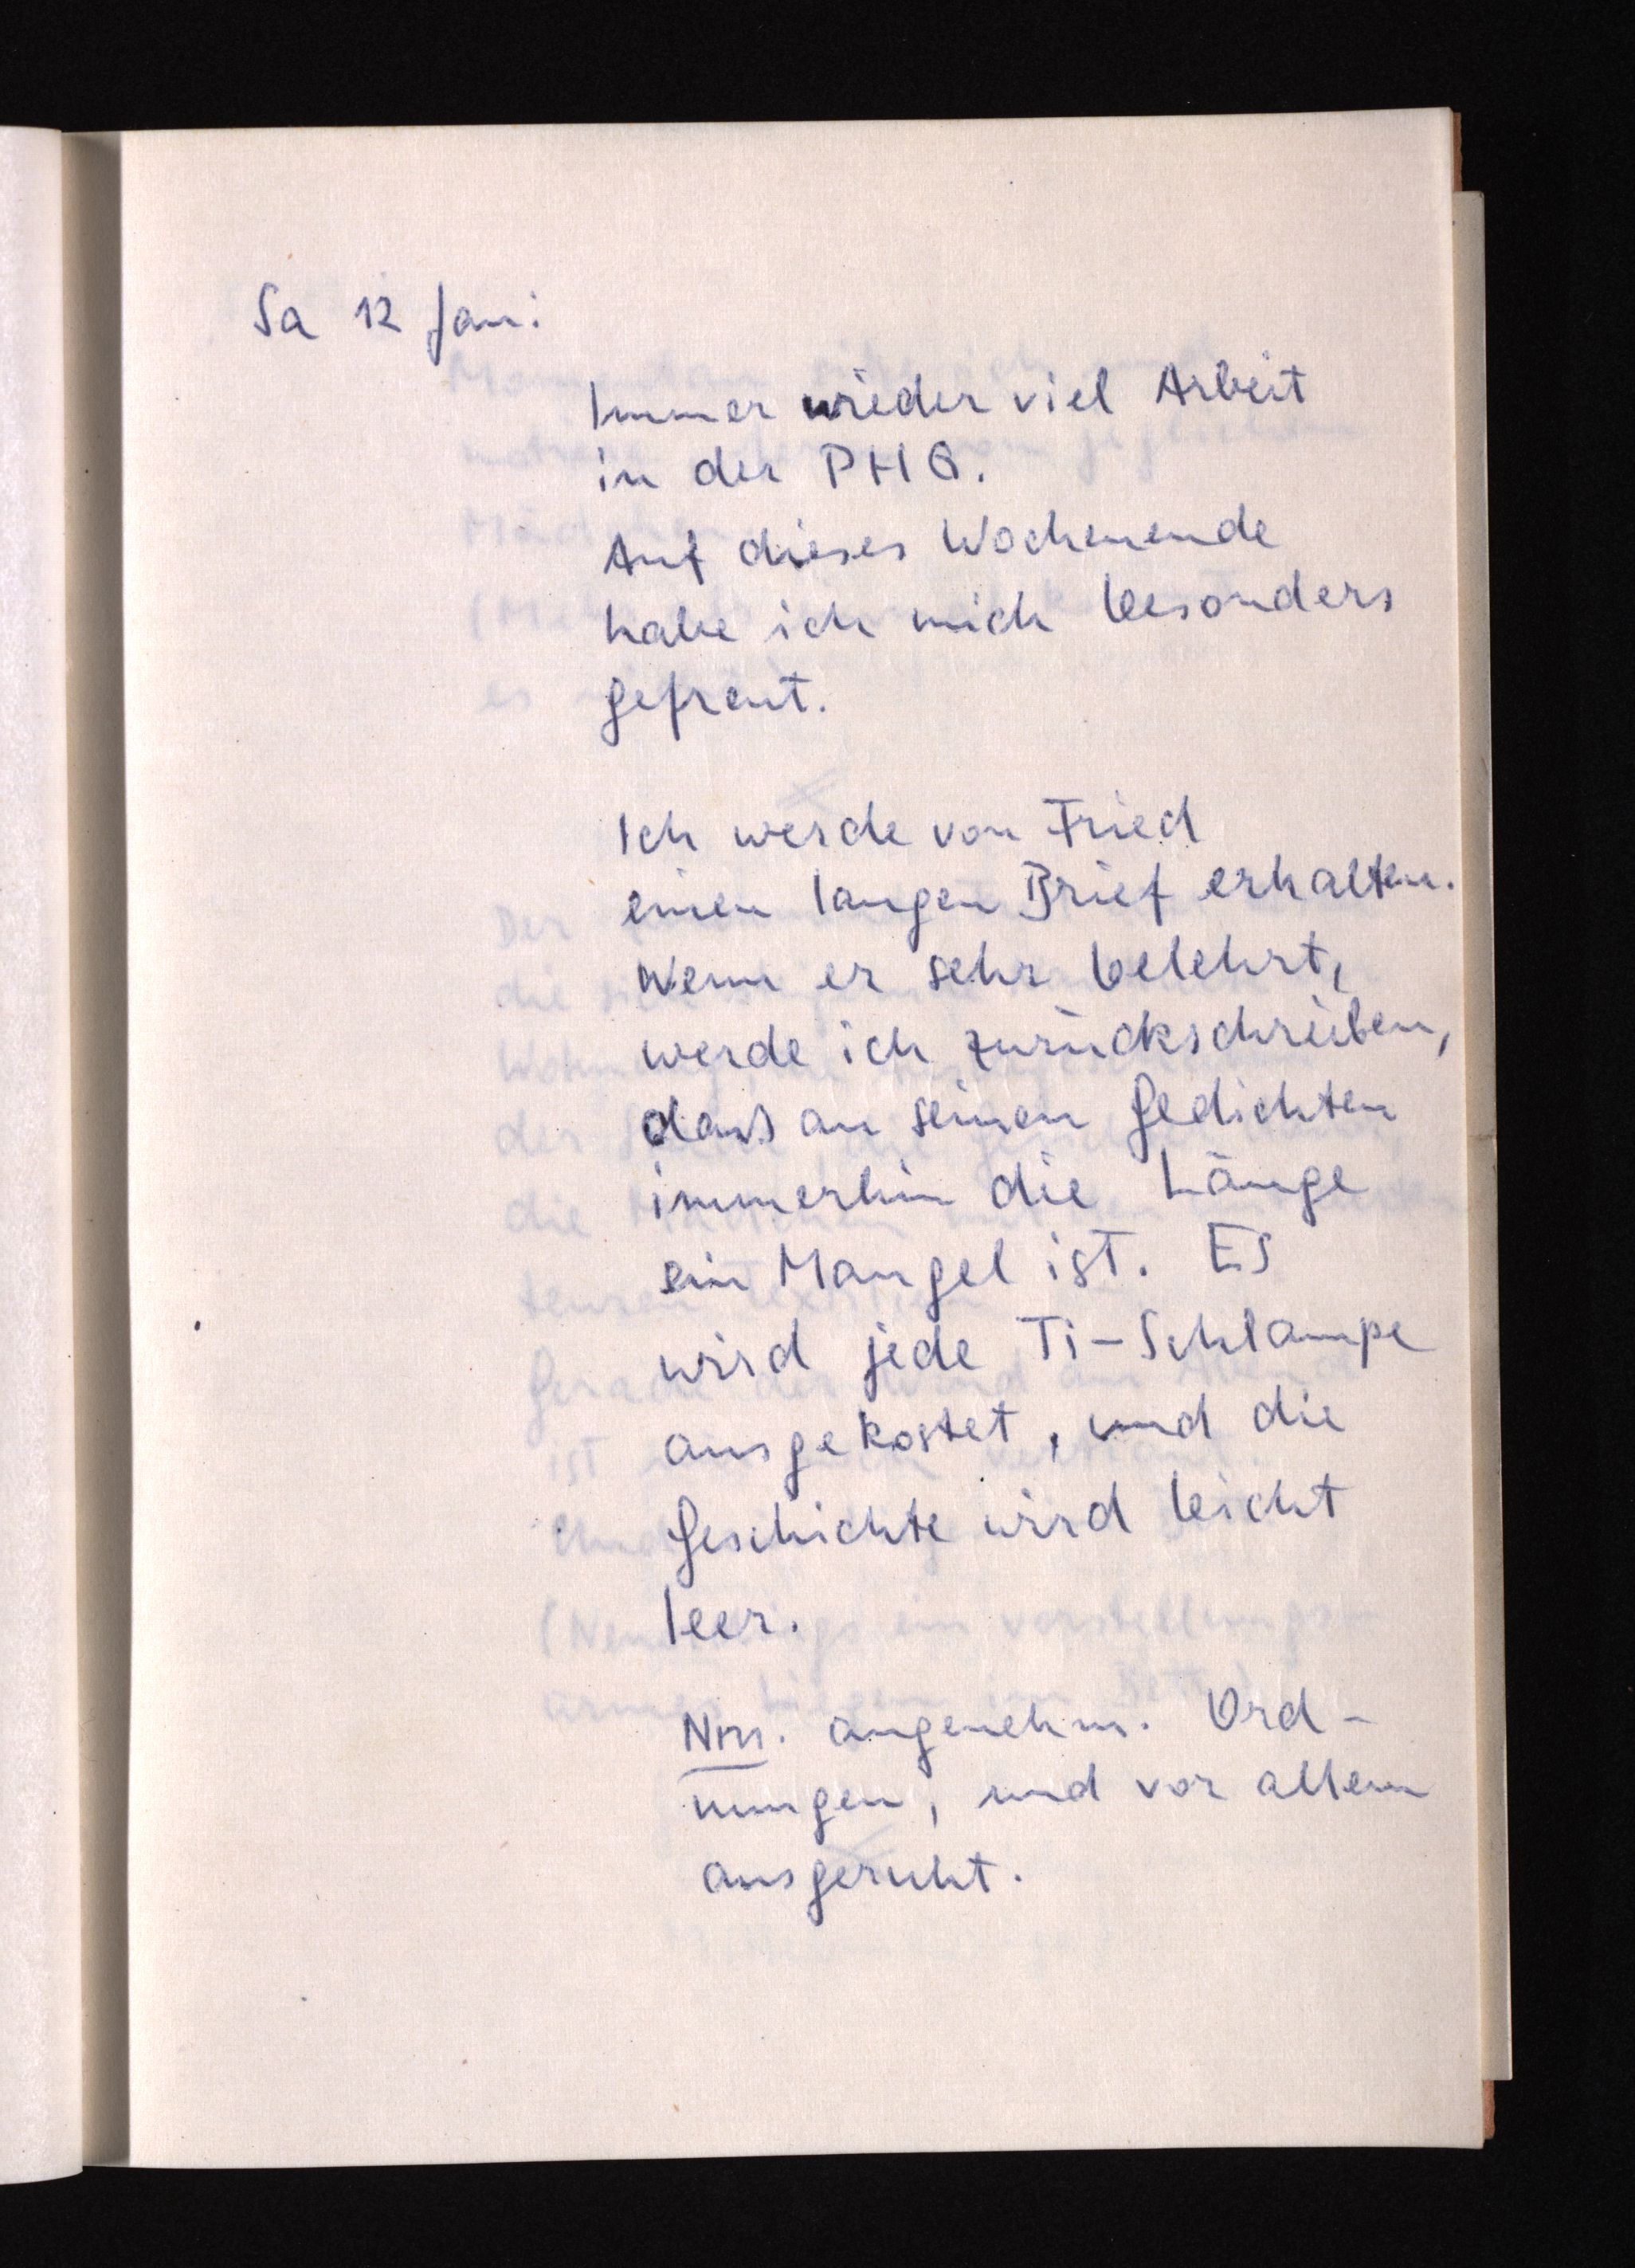
Sa 12 Jan:
Immer wieder viel Arbeit
in der PHG.
Auf dieses Wochenende
habe ich mich besonders
gefreut.
Ich werde von Fried
einen langen Brief erhalten.
Wenn er sehr belehrt,
werde ich zurückschreiben,
daß an seinen Gedichten
immerhin die Länge
ein Mangel ist. Es
wird jede Ti-Schlampe
ausgekostet, und die
Geschichte wird leicht
leer.
Nm. angenehm.
Ord-nungen, und vor allem
ausgeruht.